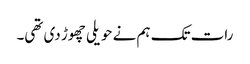
رات تک ہم نے حویلی چھوڑ دی تھی۔